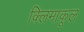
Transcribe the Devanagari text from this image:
क्लिमाकूल